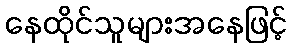
နေထိုင်သူများအနေဖြင့်